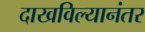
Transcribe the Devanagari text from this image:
दाखविल्यानंतर